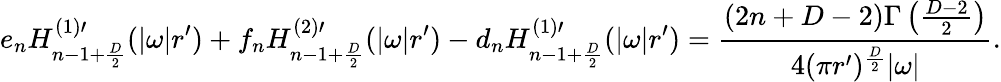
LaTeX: e_{n}H_{n-1+{\frac{D}{2}}}^{(1)\prime}(|\omega|r^{\prime})+f_{n}H_{n-1+{\frac{D}{2}}}^{(2)\prime}(|\omega|r^{\prime})-d_{n}H_{n-1+{\frac{D}{2}}}^{(1)\prime}(|\omega|r^{\prime})={\frac{(2n+D-2)\Gamma\left({\frac{D-2}{2}}\right)}{4(\pi r^{\prime})^{\frac{D}{2}}|\omega|}}.